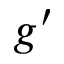
g ^ { \prime }